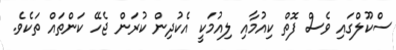
ސްކޫލްގައި ވެސް ފޮތް ކިއުމާއި ލިއުމަކީ އެކުދިން ކުރަން ޖެހޭ ކަންތައް ތަކެވެ.